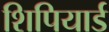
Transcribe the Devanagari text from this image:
शिपियार्ड